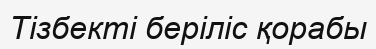
Тізбекті беріліс қорабы